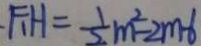
\cdot F _ { 1 } H = \frac { 1 } { 2 } m ^ { 2 } - 2 m - 6